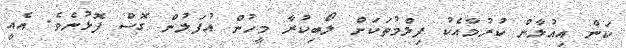
ކަން އިއުލާން ކުރުމާއެކު ފިލްމުތަކަށް ލޯބިކުރާ މީހުން އުފަލުން ގޮސް ފޮޅުނެވެ. އެއީ